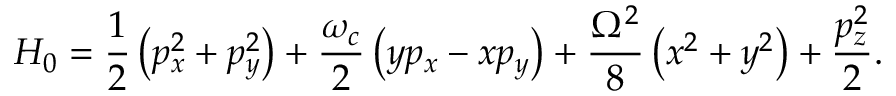
H _ { 0 } = \frac { 1 } { 2 } \left( p _ { x } ^ { 2 } + p _ { y } ^ { 2 } \right) + \frac { \omega _ { c } } { 2 } \left( y p _ { x } - x p _ { y } \right) + \frac { \Omega ^ { 2 } } { 8 } \left( x ^ { 2 } + y ^ { 2 } \right) + \frac { p _ { z } ^ { 2 } } { 2 } .